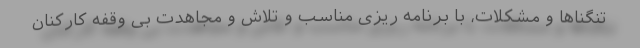
تنگناها و مشکلات، با برنامه ریزی مناسب و تلاش و مجاهدت بی وقفه کارکنان